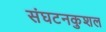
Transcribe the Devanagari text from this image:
संघटनकुशल